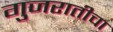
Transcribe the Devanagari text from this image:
गुजरातीचा